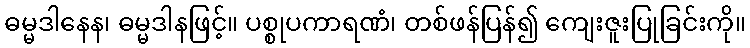
ဓမ္မဒါနေန၊ ဓမ္မဒါနဖြင့်။ ပစ္စုပကာရဏံ၊ တစ်ဖန်ပြန်၍ ကျေးဇူးပြုခြင်းကို။